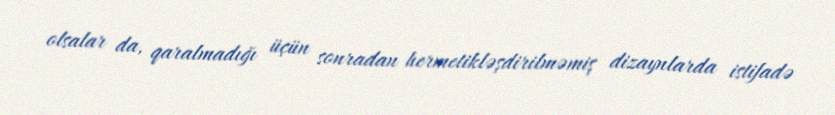
olsalar da, qaralmadığı üçün sonradan hermetikləşdirilməmiş dizaynlarda istifadə